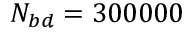
N _ { b d } = 3 0 0 0 0 0